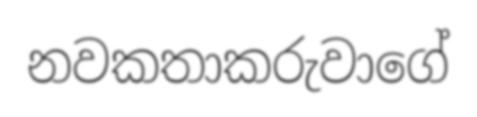
නවකතාකරුවාගේ